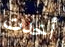
أخدت